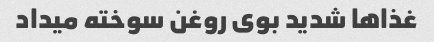
غذاها شدید بوی روغن سوخته میداد